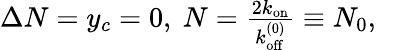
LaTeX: \begin{array}{r}{\Delta N=y_{c}=0,\ N=\frac{2k_{\mathrm{on}}}{k_{\mathrm{off}}^{(0)}}\equiv N_{0},\ \ \ }\end{array}